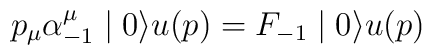
p_{\mu} \alpha^{\mu}_{-1} \mid 0 \rangle u(p) = F_{-1} \mid 0 \rangle u(p)